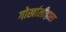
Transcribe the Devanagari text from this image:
गोर्खालीद्वारा